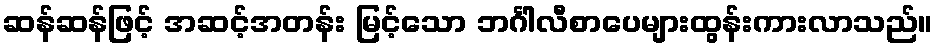
ဆန်ဆန်ဖြင့် အဆင့်အတန်း မြင့်သော ဘင်္ဂါလီစာပေများထွန်းကားလာသည်။